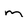
Character: m